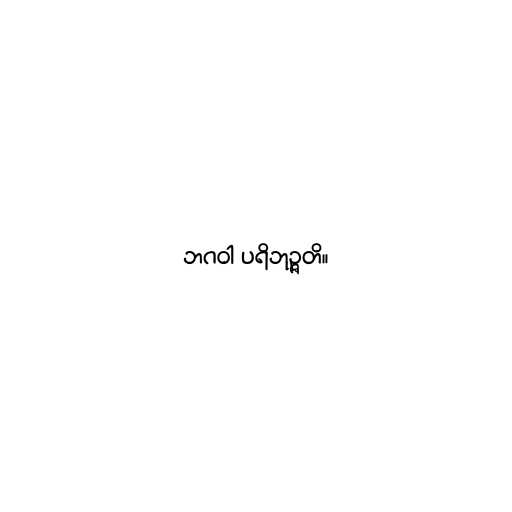
ဘဂဝါ ပရိဘုဉ္ဇတိ။